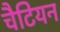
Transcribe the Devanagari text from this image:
चैटियन